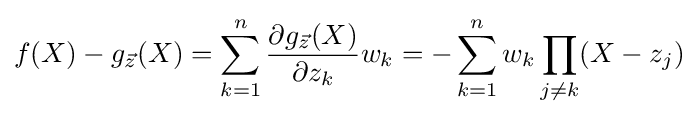
f(X)-g_{\vec {z}}(X)=\sum _{k=1}^{n}{\frac {\partial g_{\vec {z}}(X)}{\partial z_{k}}}w_{k}=-\sum _{k=1}^{n}w_{k}\prod _{j\neq k}(X-z_{j})